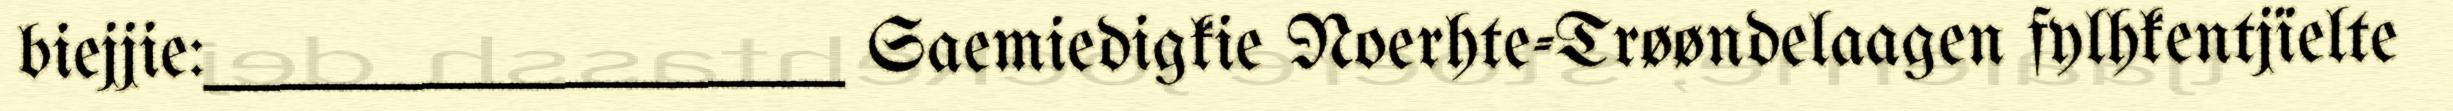
biejjie:__________________ Saemiedigkie Noerhte-Trøøndelaagen fylhkentjïelte